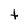
Character: t